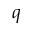
q